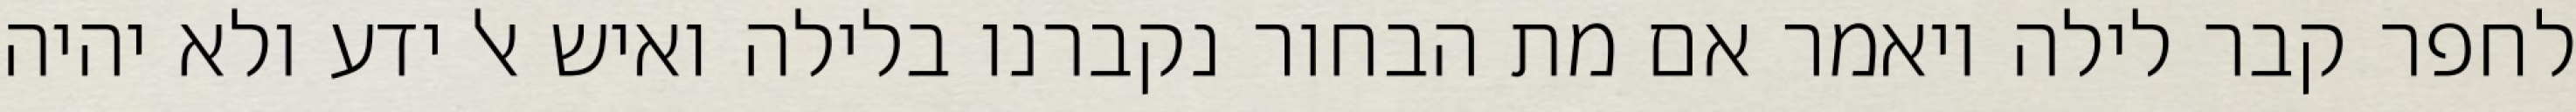
לחפר קבר לילה ויאמר אם מת הבחור נקברנו בלילה ואיש אל ידע ולא יהיה